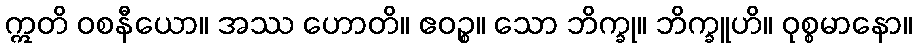
ဣတိ ဝစနီယော။ အဿ ဟောတိ။ ဧဝဉ္စ။ သော ဘိက္ခု။ ဘိက္ခူဟိ။ ဝုစ္စမာနော။